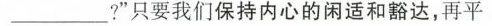
___?”只要我们保持内心的闲适和豁达，再平